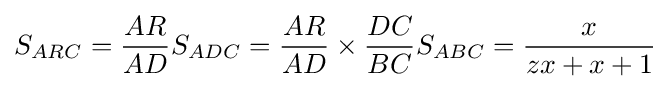
S_{ARC}={\frac {AR}{AD}}S_{ADC}={\frac {AR}{AD}}\times {\frac {DC}{BC}}S_{ABC}={\frac {x}{zx+x+1}}